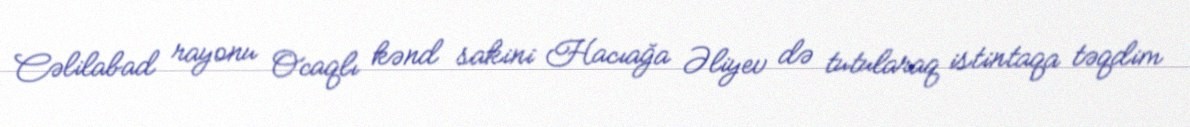
Cəlilabad rayonu Ocaqlı kənd sakini Hacıağa Əliyev də tutularaq istintaqa təqdim